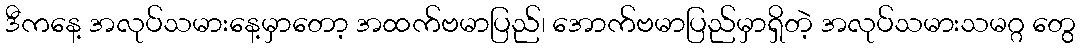
ဒီကနေ့ အလုပ်သမားနေ့မှာတော့ အထက်ဗမာပြည်၊ အောက်ဗမာပြည်မှာရှိတဲ့ အလုပ်သမားသမဂ္ဂ တွေ